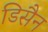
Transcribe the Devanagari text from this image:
डिसैन